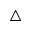
\triangle